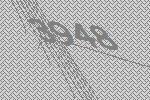
3948